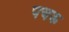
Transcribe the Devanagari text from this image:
पचक